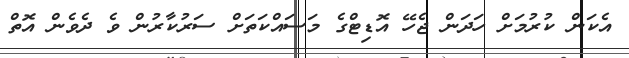
އެކަން ކުރުމަށް ހަދަން ޖެހޭ އޮޑިޓްގެ މަސައްކަތަށް ސަރުކާރުން ވެ ދެވެން އޮތް